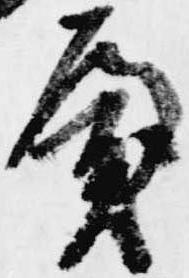
殿